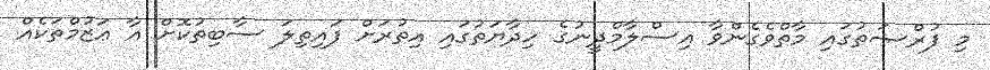
މި ފުރްޞަތުގައި މާތްވެގެންވާ އިސްލާމްދީނުގެ ހިދާޔަތުގައި އިތުރަށް ފައިތިލަ ސާބިތުކޮށް އާ ޢަޒުމްތަކެއް